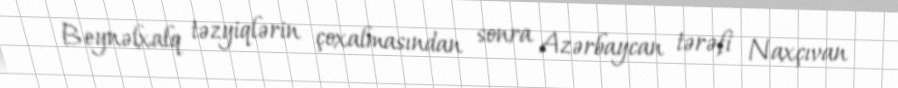
Beynəlxalq təzyiqlərin çoxalmasından sonra Azərbaycan tərəfi Naxçıvan